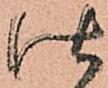
仕